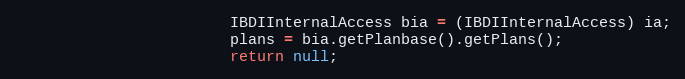
Language: Java
                        IBDIInternalAccess bia = (IBDIInternalAccess) ia;
                        plans = bia.getPlanbase().getPlans();
                        return null;